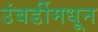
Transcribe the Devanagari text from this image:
उंबर्डीमधून